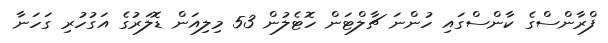
ފްރާންސްގެ ކާންސްގައި ހުންނަ ޗާލްޓަން ހޮޓެލުން 53 މިލިއަން ޑޮލަރުގެ އަގުހުރި ގަހަނާ